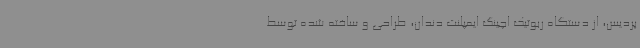
پردیس، از دستگاه ربوتیک اچینگ ایمپلنت دندان، طراحی و ساخته شده توسط